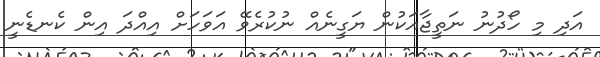
އަދި މި ހޯދުނު ނަތީޖާއަކުން ޔަގީނެއް ނުކުރެވޭ އަވަހަށް އިއްދަ އިން ކެނޑެނީ